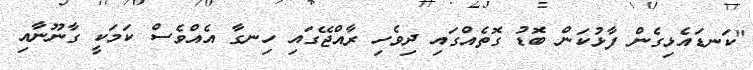
"ކަނޑައެޅިގެން ފާޅުކަން ބޮޑު ގޮތެއްގައި ދިވެހި ރާއްޖޭގައި ހިނގާ އެއްވެސް ކަމަކީ ގާނޫނާއި